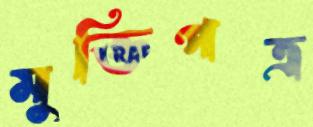
মুক্তিপত্র